Lunatic asylums Central Provinces reports 1895-1909 - 1895-1909
Year: 1895
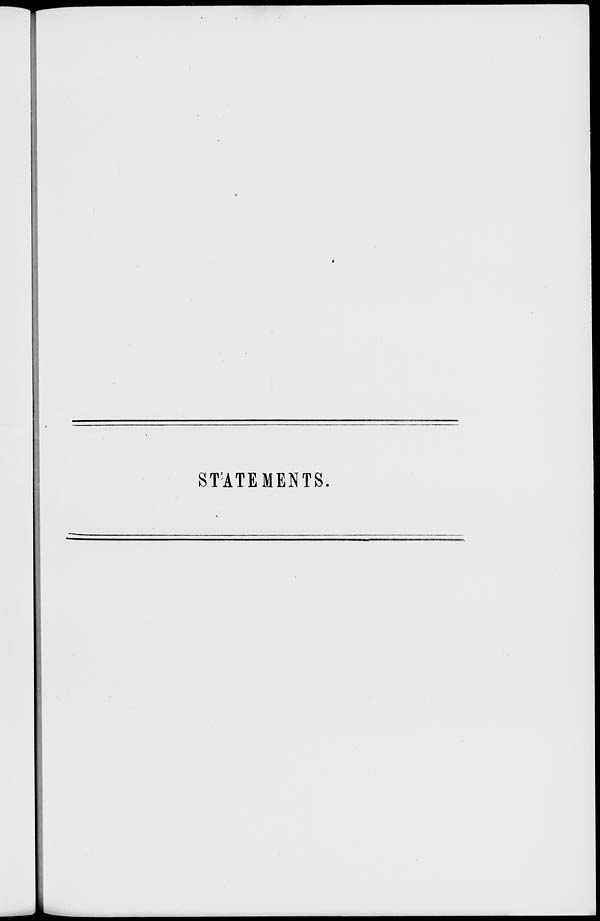
STATEMENTS.